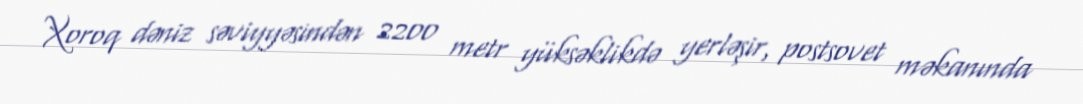
Xoroq dəniz səviyyəsindən 2200 metr yüksəklikdə yerləşir, postsovet məkanında